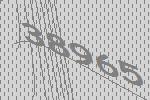
38965